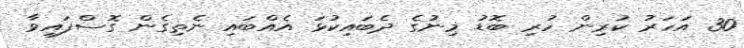
30 އަހަރު ކުރިން ހުރި ބޮޑު މިނުގެ ދެބައިކުޅަ އެއްބައި ނެތިގެން ގޮސްފައިވާ